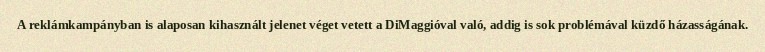
A reklámkampányban is alaposan kihasznált jelenet véget vetett a DiMaggióval való, addig is sok problémával küzdő házasságának.